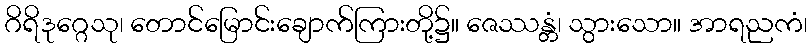
ဂိရိဒုဂ္ဂေသု၊ တောင်မြောင်းချောက်ကြားတို့၌။ ဇေဿန္တံ၊ သွားသော။ အာရညကံ၊